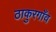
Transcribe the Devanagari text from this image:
ठाकुरगाँव